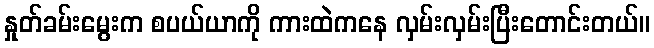
နှုတ်ခမ်းမွေးက စပယ်ယာကို ကားထဲကနေ လှမ်းလှမ်းပြီးတောင်းတယ်။